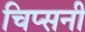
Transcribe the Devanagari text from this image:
चिप्सनी